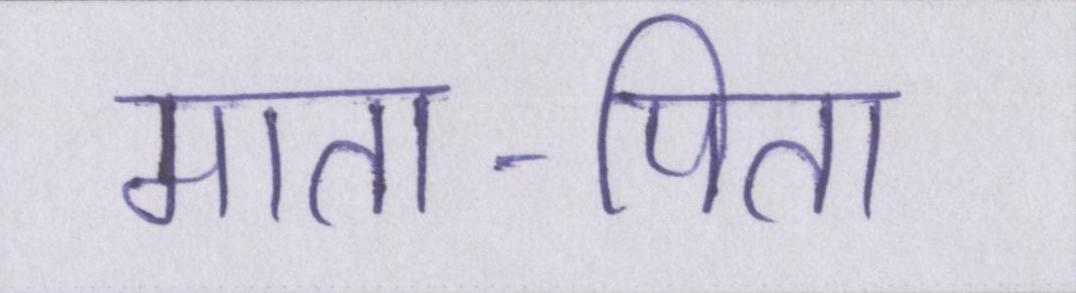
माता-पिता